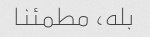
بله، مطمئنا